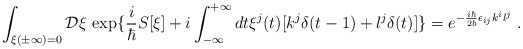
\begin{align*}\int_{\xi (\pm \infty)=0} {\mathcal D}\xi \, \exp\{\frac{i}{\hbar}S[\xi] + i \int_{-\infty}^{+\infty} dt \xi^j(t) [k^j \delta(t-1)+l^j \delta(t)]\}= e^{-\frac{i \hbar}{2 b}\epsilon_{ij} k^i l^j }\;.\end{align*}